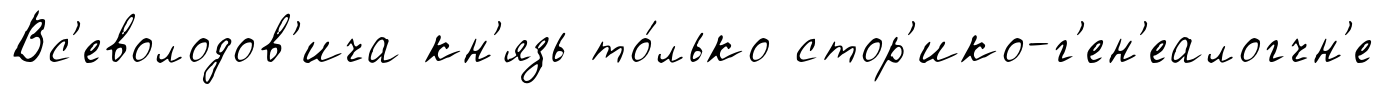
Вс'еволодов'ича кн'язь то́лько стор'ико-г'ен'еалогчн'е